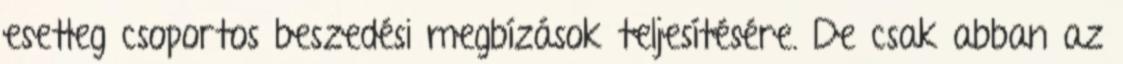
esetleg csoportos beszedési megbízások teljesítésére. De csak abban az